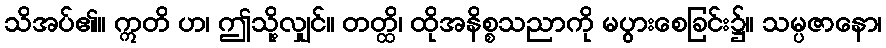
သိအပ်၏။ ဣတိ ဟ၊ ဤသို့လျှင်။ တတ္ထိ၊ ထိုအနိစ္စသညာကို မပွားစေခြင်း၌။ သမ္ပဇာနော၊